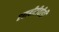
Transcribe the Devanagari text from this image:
एसबीटीवीडी